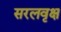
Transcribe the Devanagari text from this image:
सरलवृक्ष